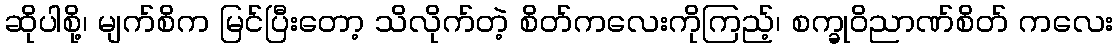
ဆိုပါစို့၊ မျက်စိက မြင်ပြီးတော့ သိလိုက်တဲ့ စိတ်ကလေးကိုကြည့်၊ စက္ခုဝိညာဏ်စိတ် ကလေး